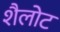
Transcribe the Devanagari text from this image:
शैलोट